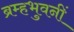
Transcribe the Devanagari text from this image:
ब्रम्हभुवनीं